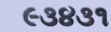
૯૩૪૩૧